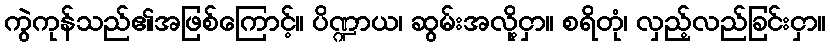
ကွဲကုန်သည်၏အဖြစ်ကြောင့်။ ပိဏ္ဍာယ၊ ဆွမ်းအလို့ငှာ။ စရိတုံ၊ လှည့်လည်ခြင်းငှာ။